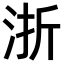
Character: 浙